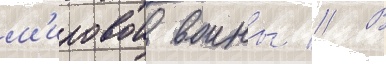
м'ировои воины // В